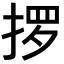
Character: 𫽋